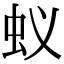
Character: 蚁